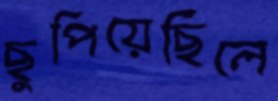
ছুপিয়েছিলে